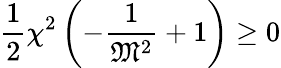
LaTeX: {\frac{1}{2}}\chi^{2}\left(-{\frac{1}{{\mathfrak{M}}^{2}}}+1\right)\geq 0